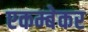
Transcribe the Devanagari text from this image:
एकम्बेकर